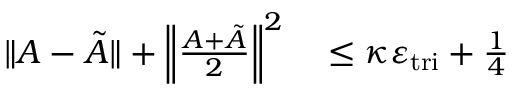
\begin{array} { r l } { \| A - \tilde { A } \| + \left\| \frac { A + \tilde { A } } { 2 } \right\| ^ { 2 } } & { { } \leq \kappa \varepsilon _ { \mathrm { t r i } } + \frac { 1 } { 4 } } \end{array}